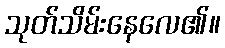
သုတ်သိမ်းနေလေ၏။